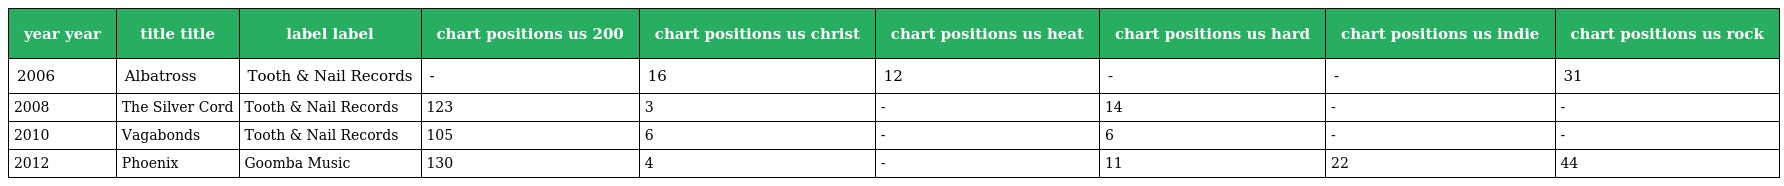
| year year | title title | label label | chart positions us 200 | chart positions us christ | chart positions us heat | chart positions us hard | chart positions us indie | chart positions us rock |
 | --- | --- | --- | --- | --- | --- | --- | --- | --- |
 | 2006 | Albatross | Tooth & Nail Records | - | 16 | 12 | - | - | 31 |
 | 2008 | The Silver Cord | Tooth & Nail Records | 123 | 3 | - | 14 | - | - |
 | 2010 | Vagabonds | Tooth & Nail Records | 105 | 6 | - | 6 | - | - |
 | 2012 | Phoenix | Goomba Music | 130 | 4 | - | 11 | 22 | 44 |